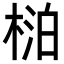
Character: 𬃍